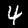
Label: 4